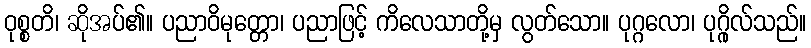
ဝုစ္စတိ၊ ဆိုအပ်၏။ ပညာဝိမုတ္တော၊ ပညာဖြင့် ကိလေသာတို့မှ လွတ်သော။ ပုဂ္ဂလော၊ ပုဂ္ဂိုလ်သည်။